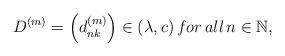
LaTeX: \begin{align*} D^{(m)}=\left( d_{nk}^{(m)} \right)\in (\lambda,c) \,for\, all\, n \in \mathbb{N}, \end{align*}